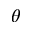
\theta